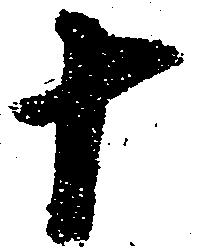
十